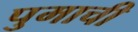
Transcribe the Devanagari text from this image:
पुमाची